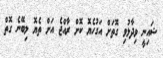
ޝައިނީ ވިދާޅުވި ގޮތަށް އަގުހެޔޮ ކޮށް ރާއްޖެ އަށް ތެޔޮ ލިބޭނެ ގޮތް